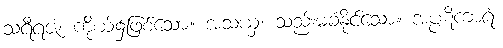
သရီရဇံ၊ ကိုယ်၌ဖြစ်သော။ အသယှံ၊ သည်းမခံနိုင်သော။ အပ္ပဋိကာရံ၊